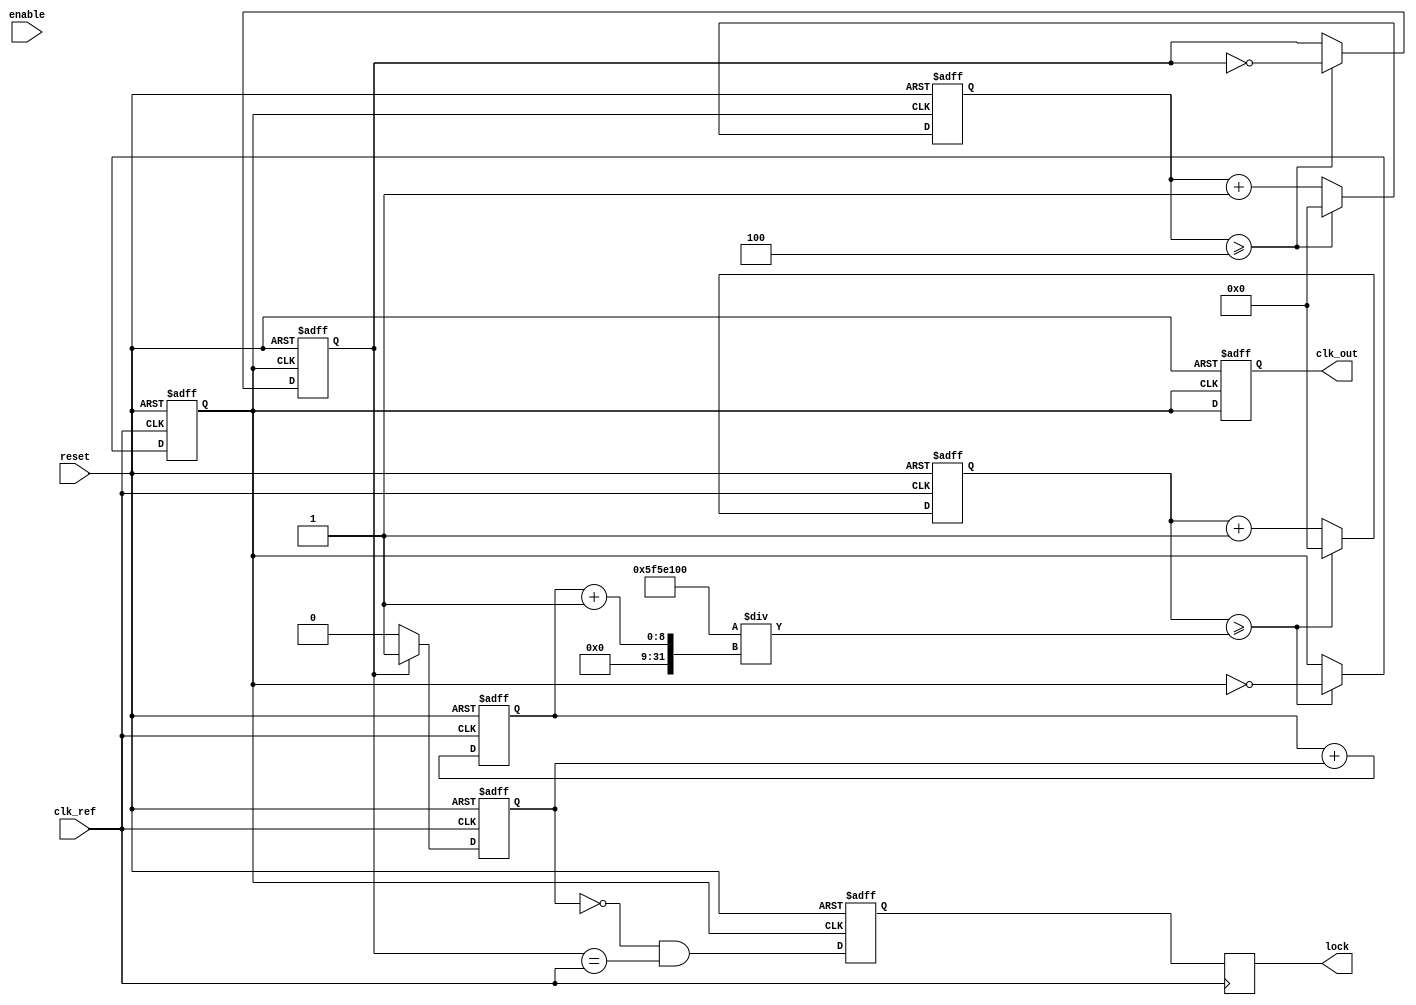
module integer_n_pll #(
    parameter N = 4,                 // Division ratio
    parameter CLK_REF_FREQ = 100,    // Reference clock frequency in MHz
    parameter CLK_VCO_FREQ = N * CLK_REF_FREQ // VCO frequency
)(
    input wire clk_ref,              // Reference clock input
    input wire reset,                // Reset signal
    input wire enable,               // Enable signal
    output reg clk_out,              // Output clock signal
    output reg lock                  // Lock indication signal
);

    // Phase Detector (PD) signals
    reg pd_error;                    // Output error signal from PD

    // Loop Filter (LF) parameters
    reg [7:0] lf_output;             // Output voltage from loop filter

    // Voltage-Controlled Oscillator (VCO) parameters
    reg [31:0] vco_count;            // VCO counter for generating output clock
    reg vco_clk;                     // VCO clock output

    // Feedback Divider signals
    reg [31:0] feedback_count;       // Feedback counter
    reg feedback_clk;                // Feedback clock signal

    // Control Logic signals
    reg locked;                      // Internal lock state

    // Phase Detector
    always @(posedge clk_ref or posedge reset) begin
        if (reset) begin
            pd_error <= 0;
        end else begin
            // Simple phase detection logic
            if (feedback_clk) begin
                pd_error <= 1; // Feedback clock is leading
            end else begin
                pd_error <= 0; // Feedback clock is lagging
            end
        end
    end

    // Loop Filter
    always @(posedge clk_ref or posedge reset) begin
        if (reset) begin
            lf_output <= 0;
        end else begin
            // Basic first-order loop filter behavior
            lf_output <= lf_output + pd_error; // Update output based on error signal
        end
    end

    // Voltage-Controlled Oscillator (VCO)
    always @(posedge clk_ref or posedge reset) begin
        if (reset) begin
            vco_count <= 0;
            vco_clk <= 0;
        end else begin
            vco_count <= vco_count + 1;
            if (vco_count >= (CLK_REF_FREQ * 1000000) / (lf_output + 1)) begin
                vco_clk <= ~vco_clk; // Toggle VCO output clock
                vco_count <= 0;
            end
        end
    end

    // Feedback Divider
    always @(posedge vco_clk or posedge reset) begin
        if (reset) begin
            feedback_count <= 0;
            feedback_clk <= 0;
        end else begin
            feedback_count <= feedback_count + 1;
            if (feedback_count >= N) begin
                feedback_clk <= ~feedback_clk; // Toggle feedback clock
                feedback_count <= 0;
            end
        end
    end

    // Output Clock Generation
    always @(posedge vco_clk or posedge reset) begin
        if (reset) begin
            clk_out <= 0;
            locked <= 0;
        end else begin
            clk_out <= vco_clk; // Output clock is the VCO output
            locked <= (pd_error == 0) && (feedback_clk == clk_ref); // Lock condition
        end
    end

    // Lock signal
    always @(posedge clk_ref) begin
        lock <= locked;
    end

endmodule